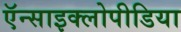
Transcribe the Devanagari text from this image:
ऍन्साइक्लोपीडिया